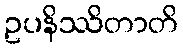
ဥပနိဿိတာတိ